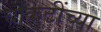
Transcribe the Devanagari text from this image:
चौकटींच्या